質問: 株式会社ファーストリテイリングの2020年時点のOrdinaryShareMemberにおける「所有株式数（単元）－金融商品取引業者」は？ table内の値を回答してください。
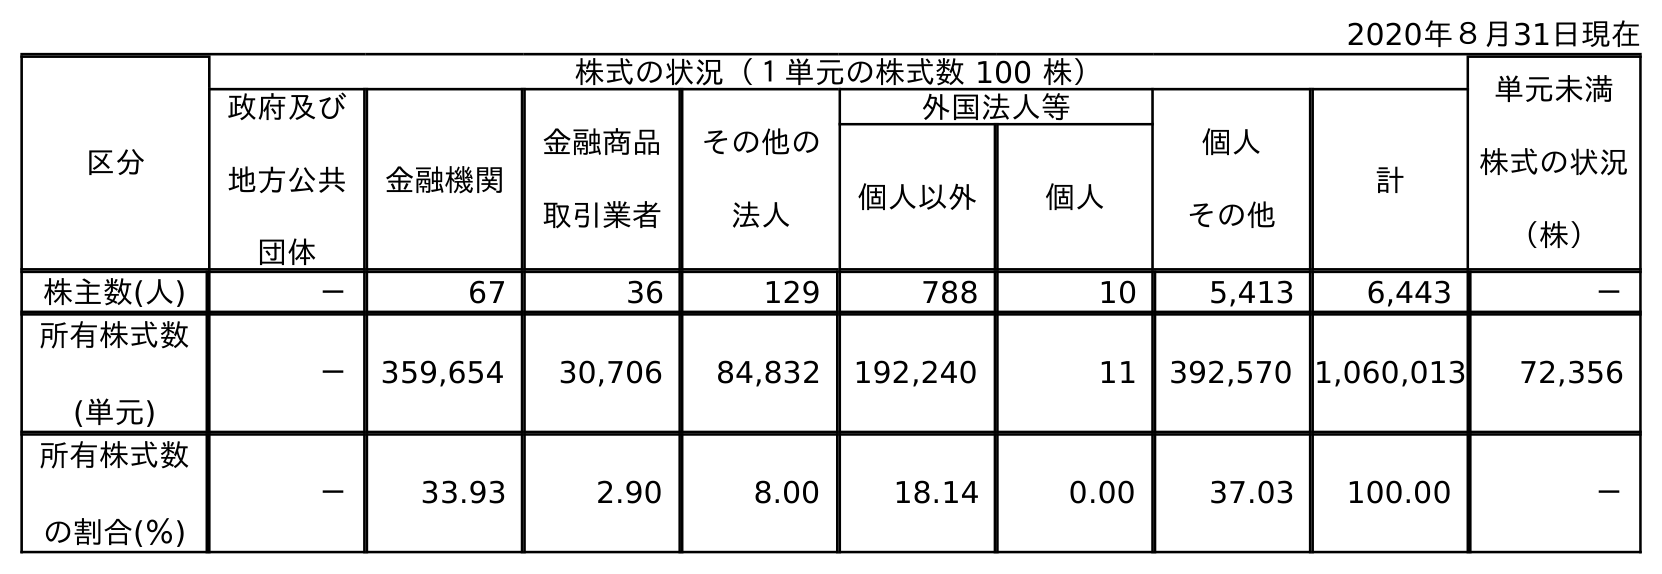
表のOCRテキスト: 2020年８月31日現在 区分 株式の状況（１単元の株式数 100 株） 単元未満 株式の状況 （株） 政府及び 地方公共 団体 金融機関 金融商品 取引業者 その他の 法人 外国法人等 個人 その他 計 個人以外 個人 株主数(人) － 67 36 129 788 10 5,413 6,443 － 所有株式数 (単元) － 359,654 30,706 84,832 192,240 11 392,570 1,060,013 72,356 所有株式数 の割合(％) － 33.93 2.90 8.00 18.14 0.00 37.03 100.00 －
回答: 30,706